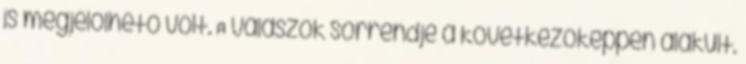
is megjelölhető volt. A válaszok sorrendje a következőképpen alakult.